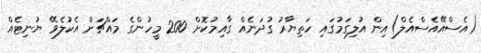
(އެސްއޭއެސްއެލް)އިން އުލިގަމުގައި ހަތިޔާރު ގުދަނެއް ގާއިމުކޮށް 200 މީހުންގެ މައްޗަށް އެކުލެވޭ ޔުނިޓެއް